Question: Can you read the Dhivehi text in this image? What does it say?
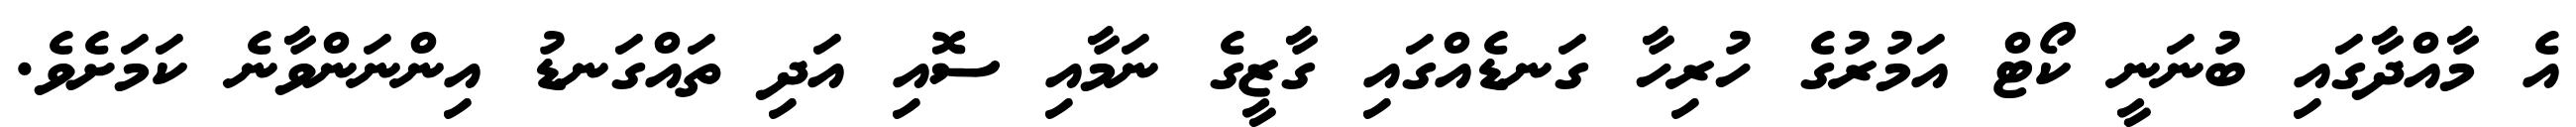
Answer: އެ މާއްދާގައި ބުނަނީ ކޯޓް އަމުރުގެ ހުރިހާ ގަނޑެއްގައި ގާޒީގެ ނަމާއި ސޮއި އަދި ތައްގަނޑު އިންނަންވާނެ ކަމަށެވެ.